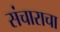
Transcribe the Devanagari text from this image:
संचाराचा